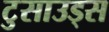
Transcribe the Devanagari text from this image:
टुसाउड्स